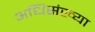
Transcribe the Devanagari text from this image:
अधिसंख्या